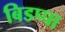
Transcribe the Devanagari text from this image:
बिडप्पा